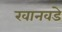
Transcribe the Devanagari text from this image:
खानवडे